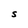
Character: S